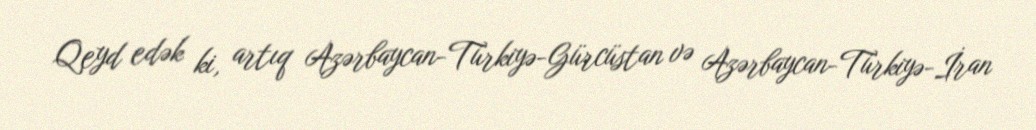
Qeyd edək ki, artıq Azərbaycan-Türkiyə-Gürcüstan və Azərbaycan-Türkiyə-İran